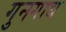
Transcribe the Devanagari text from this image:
गुनगाथ